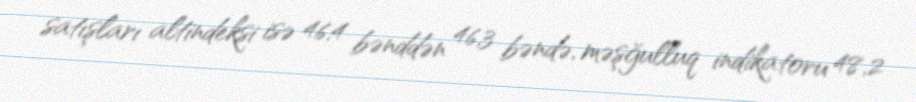
satışları altindeksi isə 46,4 bənddən 46,3 bəndə, məşğulluq indikatoru 48,2